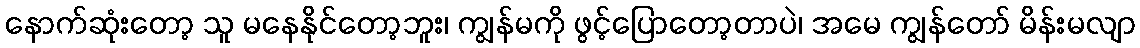
နောက်ဆုံးတော့ သူ မနေနိုင်တော့ဘူး၊ ကျွန်မကို ဖွင့်ပြောတော့တာပဲ၊ အမေ ကျွန်တော် မိန်းမလျာ